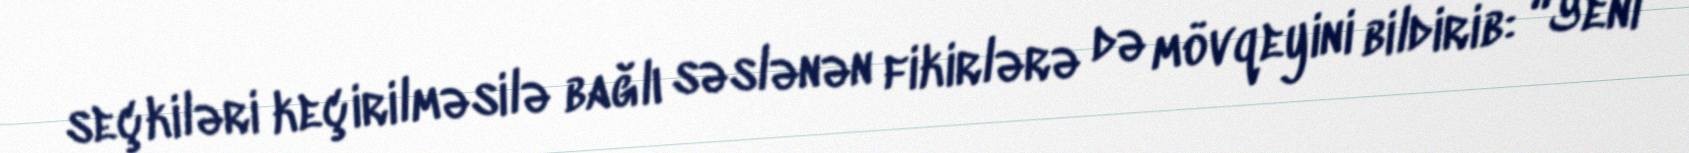
seçkiləri keçirilməsilə bağlı səslənən fikirlərə də mövqeyini bildirib: “Yeni